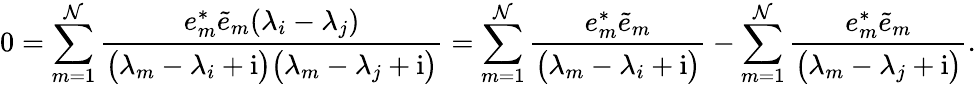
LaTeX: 0=\sum_{m=1}^{\mathcal{N}}\frac{{e_{m}^{*}\tilde{{e}}_{m}(\lambda_{i}-\lambda_{j})}}{{\big(\lambda_{m}-\lambda_{i}+\mathrm{{i}}\big)\big(\lambda_{m}-\lambda_{j}+\mathrm{{i}}\big)}}=\sum_{m=1}^{\mathcal{N}}\frac{{e_{m}^{*}\tilde{{e}}_{m}}}{{\big(\lambda_{m}-\lambda_{i}+\mathrm{{i}}\big)}}-\sum_{m=1}^{\mathcal{N}}\frac{{e_{m}^{*}\tilde{{e}}_{m}}}{{\big(\lambda_{m}-\lambda_{j}+\mathrm{{i}}\big)}}.